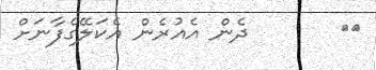
١٤       ދެން އެއުރެން އެކަލޭގެފާނަށް